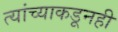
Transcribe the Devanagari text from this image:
त्यांच्याकडूनही